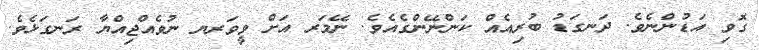
ގޮވި އަޑުންނެވެ. ދަނގަޑު ބުރިއެއް ކަންނޭންގެއެވެ. ނޭމަރ އަށް ވީވަރޔ ނުވެއްޖިއްޔާ ރަނގަޅެވެ.